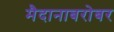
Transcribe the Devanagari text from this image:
मैदानाबरोबर